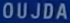
OUJDA